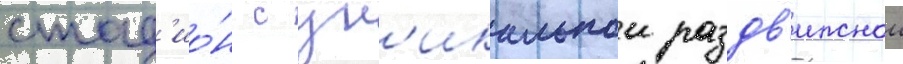
стад'ио́н с ун'икальнои раздв'ижнои